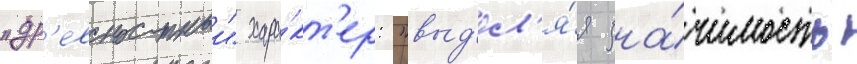
"др'евностныи" хара́кт'ер: "выд'ел'я́я зна́чимость